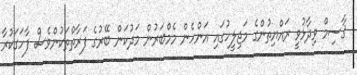
ޤާސިމް ވިދާޅުވީ ރައްޔިތުންގެ މަޖިލީހުގައި އަންހެން މެމްބަރުން މަދުކަން ބޭރުގެ ފަރާތްތަކުންވެސް ފާހަގަކުރާ